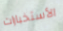
الأستخبارات